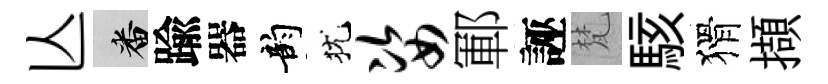
亾番踰器韵犹姿鄆誣梵駭猾擷